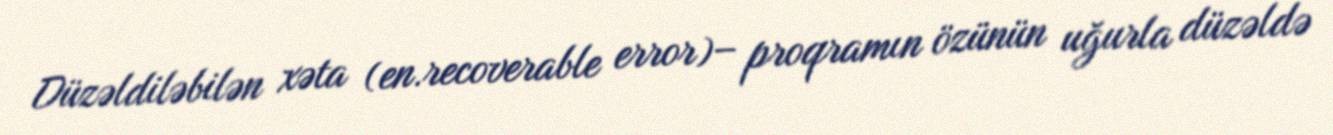
Düzəldiləbilən xəta (en.recoverable error)– proqramın özünün uğurla düzəldə